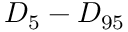
D _ { 5 } - D _ { 9 5 }